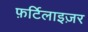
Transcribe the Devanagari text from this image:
फ़र्टिलाइज़र